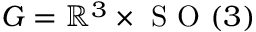
G = \mathbb { R } ^ { 3 } \times \mathrm { ~ S ~ O ~ } ( 3 )